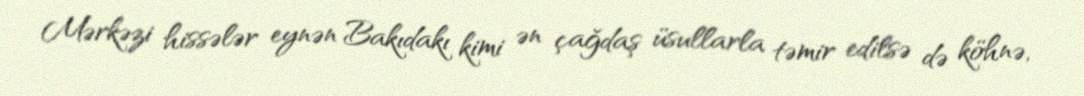
Mərkəzi hissələr eynən Bakıdakı kimi ən çağdaş üsullarla təmir edilsə də köhnə,